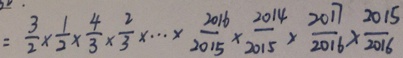
= \frac { 3 } { 2 } \times \frac { 1 } { 2 } \times \frac { 4 } { 3 } \times \frac { 2 } { 3 } \times \cdots \times \frac { 2 0 1 6 } { 2 0 1 5 } \times \frac { 2 0 1 4 } { 2 0 1 5 } \times \frac { 2 0 1 7 } { 2 0 1 6 } \times \frac { 2 0 1 5 } { 2 0 1 6 }